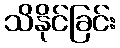
သိနိုင်ခြင်း